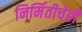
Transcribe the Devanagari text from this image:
निर्मितीचेही